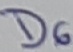
Text: D6